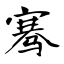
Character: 骞